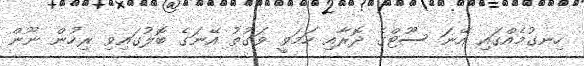
ހިނގުމެއްގައި އޭނަ ސޫޓްގެ ދޮރާއި ހަމަވީ ވަގުތު އޭނަގެ ބޮލުގައިވި ރިހުން ނޫން